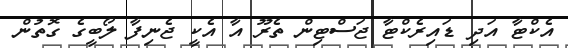
އެކްޓާ އަދި ޑައިރެކްޓާ ޖަސްޓިން ތެރޫ އާ އެކީ ޖެނިފާ ލޯބީގެ ގޮތުން